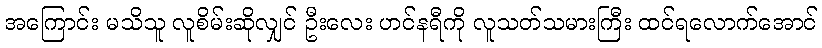
အကြောင်း မသိသူ လူစိမ်းဆိုလျှင် ဦးလေး ဟင်နရီကို လူသတ်သမားကြီး ထင်ရလောက်အောင်